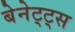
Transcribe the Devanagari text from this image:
बेनेट्ट्स